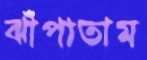
ঝাঁপাতাম